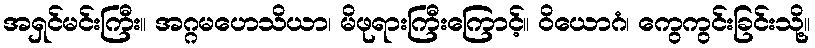
အရှင်မင်းကြီး။ အဂ္ဂမဟေသိယာ၊ မိဖုရားကြီးကြောင့်။ ဝိယောဂံ၊ ကွေကွင်းခြင်းသို့။